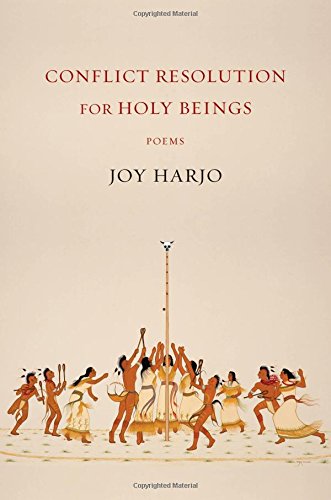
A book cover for Conflict Resolution for Holy Beings: Poems; Joy Harjo; Literature & Fiction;